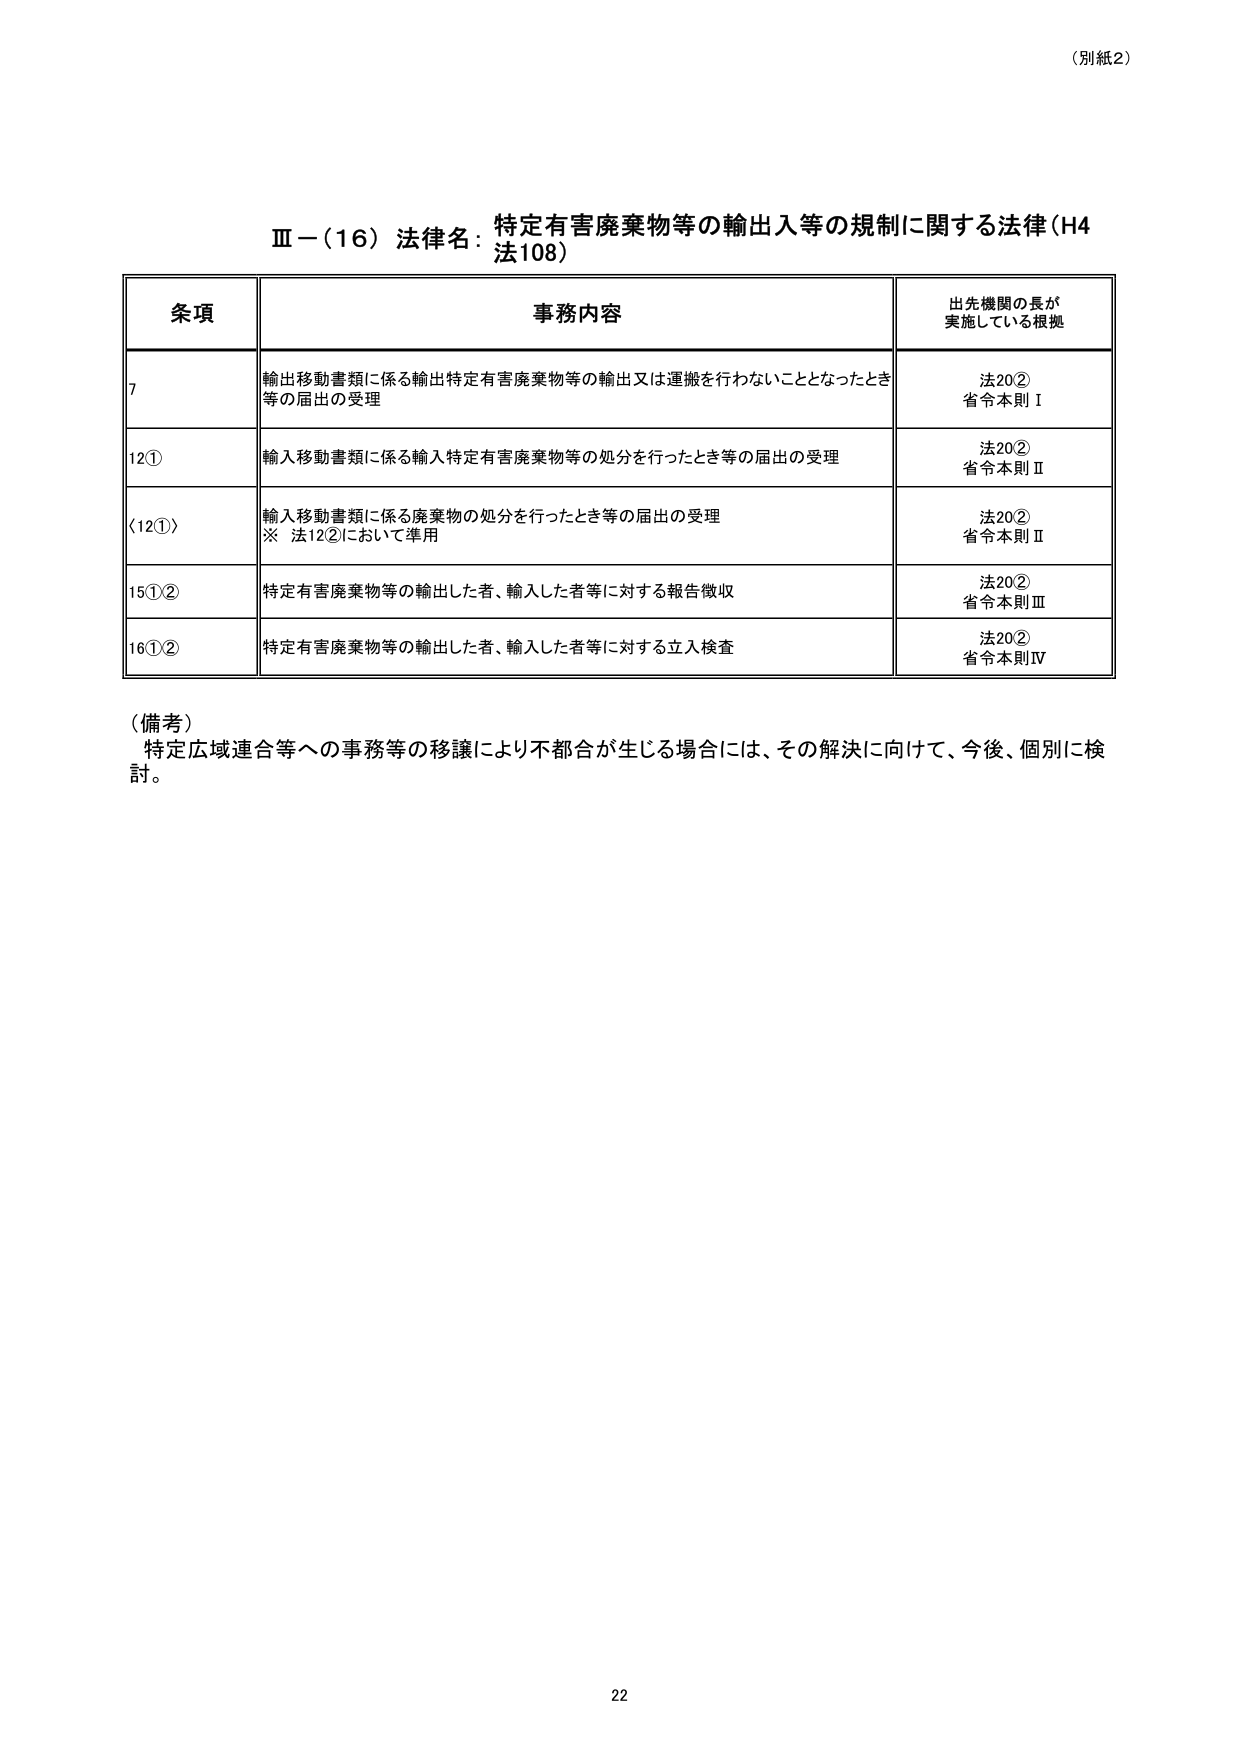
（別紙2）

Ⅲ－（16）法律名：特定有害廃棄物等の輸出入等の規制に関する法律（H4法108）

条項  事務内容  出先機関の長が実施している根拠
7  輸出移動書類に係る輸出特定有害廃棄物等の輸出又は運搬を行わないこととなったとき等の届出の受理  法20② 省令本則Ⅰ
12①  輸入移動書類に係る輸入特定有害廃棄物等の処分を行ったとき等の届出の受理  法20② 省令本則Ⅱ
（12①）  輸入移動書類に係る廃棄物の処分を行ったとき等の届出の受理 ※ 法12②において準用  法20② 省令本則Ⅱ
15①②  特定有害廃棄物等の輸出した者、輸入した者等に対する報告徴収  法20② 省令本則Ⅲ
16①②  特定有害廃棄物等の輸出した者、輸入した者等に対する立入検査  法20② 省令本則Ⅳ

（備考）
特定広域連合等への事務等の移譲により不都合が生じる場合には、その解決に向けて、今後、個別に検討。

22